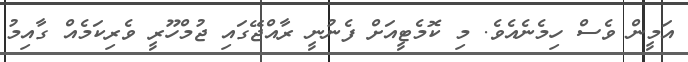
އަމީން ވެސް ހިމެނެއެވެ. މި ކޮމެޓީއަށް ފެނުނީ ރާއްޖޭގައި ޖުމްހޫރީ ވެރިކަމެއް ގާއިމު